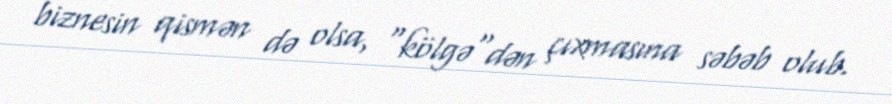
biznesin qismən də olsa, "kölgə"dən çıxmasına səbəb olub.